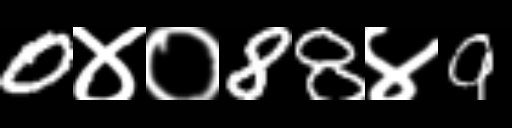
Text: 0४०88४9